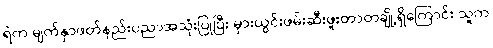
ရဲက မျက်နှာဖတ်နည်းပညာအသုံးပြုပြီး မှားယွင်းဖမ်းဆီးဖူးတာတချို့ရှိကြောင်း သူက